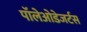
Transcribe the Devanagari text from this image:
पॉलेओडेजर्टस